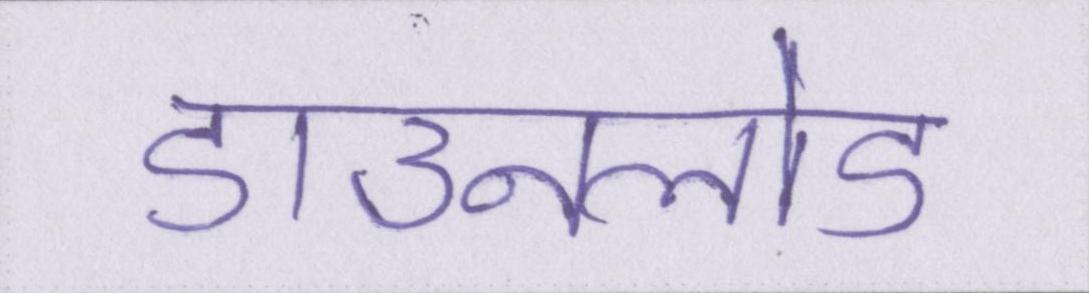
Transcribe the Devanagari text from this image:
डाउनलोड